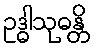
ဥဒ္ဓါသုဓန္တိ